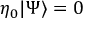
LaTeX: \eta _ { 0 } | \Psi \rangle = 0